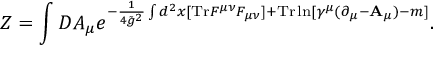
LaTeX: Z = \int { \cal D } A _ { \mu } e ^ { - { \frac { 1 } { 4 { \tilde { g } } ^ { 2 } } } \int d ^ { 2 } x [ \mathrm { T r } F ^ { \mu \nu } F _ { \mu \nu } ] + \mathrm { T r } \ln [ \gamma ^ { \mu } ( \partial _ { \mu } - { \bf A } _ { \mu } ) - m ] } .